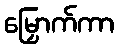
မြှောက်ကာ